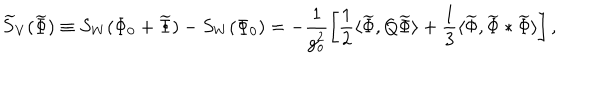
LaTeX: \widetilde { S } _ { V } ( \widetilde { \Phi } ) \equiv S _ { W } ( \Phi _ { 0 } + \widetilde { \Phi } ) - S _ { W } ( \Phi _ { 0 } ) = - \frac { 1 } { g _ { o } ^ { 2 } } \left[ \frac { 1 } { 2 } \langle \widetilde { \Phi } , Q \widetilde { \Phi } \rangle + \frac { 1 } { 3 } \langle \widetilde { \Phi } , \widetilde { \Phi } * \widetilde { \Phi } \rangle \right] ,